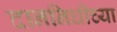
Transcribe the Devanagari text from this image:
दाननिधीच्या